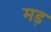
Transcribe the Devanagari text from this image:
मड़